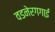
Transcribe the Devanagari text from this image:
वडनेरगगाई